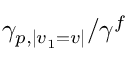
\gamma _ { p , | v _ { 1 } = v | } / \gamma ^ { f }